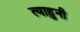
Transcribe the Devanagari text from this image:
त्याहुनी